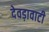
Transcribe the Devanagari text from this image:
देवड़ावाटी